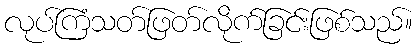
လုပ်ကြံသတ်ဖြတ်လိုက်ခြင်းဖြစ်သည်။